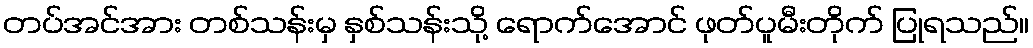
တပ်အင်အား တစ်သန်းမှ နှစ်သန်းသို့ ရောက်အောင် ဖုတ်ပူမီးတိုက် ပြုရသည်။